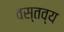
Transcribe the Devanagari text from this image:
वस्तव्य